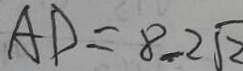
A D = 8 - 2 \sqrt { 2 }